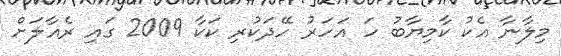
މިލާނާ އެކު ކާމިޔާބު ހަ އަހަރު ހޭދަކުރި ކަކާ 2009 ގައި ރެއާލަށް